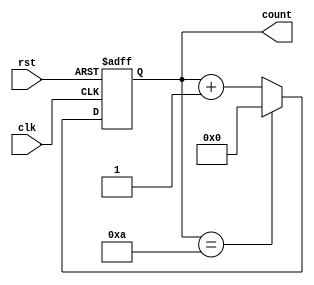
module ModulusCounter (
    input clk,
    input rst,
    output reg [7:0] count
);

parameter MODULUS_VALUE = 10;

always @(posedge clk or posedge rst) begin
    if (rst) begin
        count <= 8'h00;
    end else begin
        if (count == MODULUS_VALUE) begin
            count <= 8'h00;
        end else begin
            count <= count + 1;
        end
    end
end

endmodule